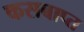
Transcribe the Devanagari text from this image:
कसबाप्त